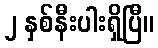
၂ နှစ်နီးပါးရှိပြီ။